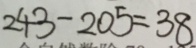
2 4 3 - 2 0 5 = 3 8